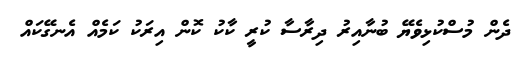
ދެން މުސްކުޅިވެޔޭ ބުނާއިރު ދިރާސާ ކުރީ ކާކު ކޮން އިރަކު ކަމެއް އެނގޭކައް